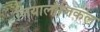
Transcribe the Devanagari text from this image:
जियालौजिकल